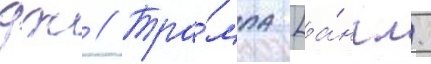
дж // Тра́мпа [а́нгл.